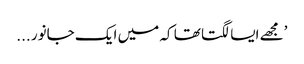
’مجھے ایسا لگتا تھا کہ میں ایک جانور ...